Lunatic asylums in Bengal annual reports 1912-1924 - 1912-1924
Year: 1912
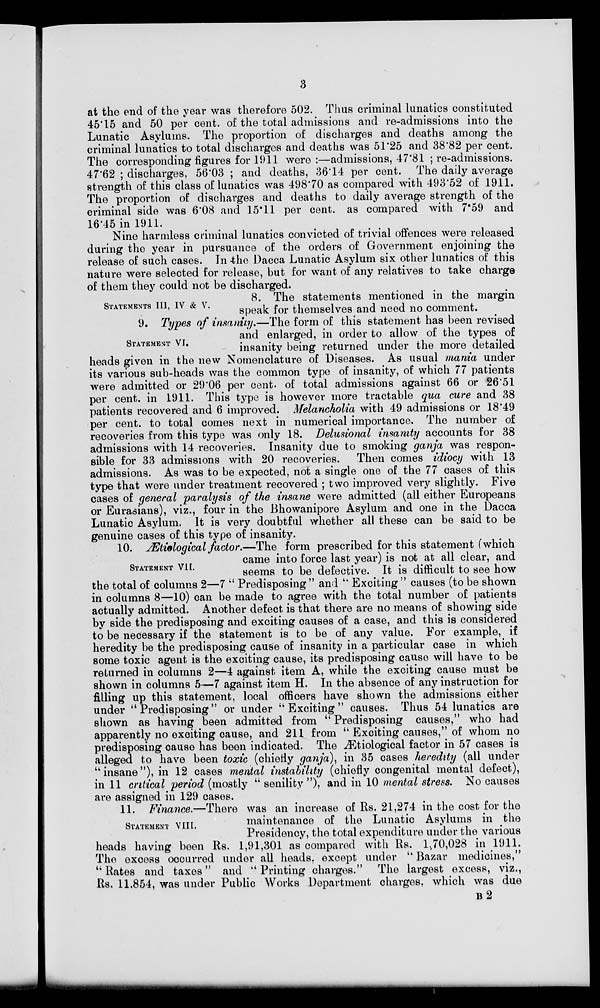
3
at the end of the year was therefore 502. Thus criminal lunatics constituted
45.15 and 50 per cent. of the total admissions and re-admissions into the
Lunatic Asylums. The proportion of discharges and deaths among the
criminal lunatics to total discharges and deaths was 51.25 and 38.82 per cent.
The corresponding figures for 1911 were :—admissions, 47.81 ; re-admissions.
47.62 ; discharges, 56.03 ; and deaths, 36.14 per cent. The daily average
strength of this class of lunatics was 498.70 as compared with 493.52 of 1911.
The proportion of discharges and deaths to daily average strength of the
criminal side was 6.08 and 15.11 per cent. as compared with 7.59 and
16.45 in 1911.
Nine harmless criminal lunatics convicted of trivial offences were released
during the year in pursuance of the orders of Government enjoining the
release of such cases. In the Dacca Lunatic Asylum six other lunatics of this
nature were selected for release, but for want of any relatives to take charge
of them they could not be discharged.
STATEMENTS III, IV & V.
8. The statements mentioned in the margin
speak for themselves and need no comment.
STATEMENT VI.
9. Types of insanity.—The form of this statement has been revised
and enlarged, in order to allow of the types of
insanity being returned under the more detailed
heads given in the new Nomenclature of Diseases. As usual mania under
its various sub-heads was the common type of insanity, of which 77 patients
were admitted or 29.06 per cent. of total admissions against 66 or 26.51
per cent. in 1911. This type is however more tractable qua cure and 38
patients recovered and 6 improved. Melancholia with 49 admissions or 18.49
per cent. to total comes next in numerical importance. The number of
recoveries from this type was only 18. Delusional insanity accounts for 38
admissions with 14 recoveries. Insanity due to smoking ganja was respon-
sible for 33 admissions with 20 recoveries. Then comes idiocy with 13
admissions. As was to be expected, not a single one of the 77 cases of this
type that were under treatment recovered ; two improved very slightly. Five
cases of general paralysis of the insane were admitted (all either Europeans
or Eurasians), viz., four in the Bhowanipore Asylum and one in the Dacca
Lunatic Asylum. It is very doubtful whether all these can be said to be
genuine cases of this type of insanity.
STATEMENT VII.
10. Ætiological factor.— The form prescribed for this statement (which
came into force last year) is not at all clear, and
seems to be defective. It is difficult to see how
the total of columns 2—7 " Predisposing " and '' Exciting " causes (to be shown
in columns 8—10) can be made to agree with the total number of patients
actually admitted. Another defect is that there are no means of showing side
by side the predisposing and exciting causes of a case, and this is considered
to be necessary if the statement is to be of any value. For example, if
heredity be the predisposing cause of insanity in a particular case in which
some toxic agent is the exciting cause, its predisposing cause will have to be
returned in columns 2—4 against item A, while the exciting cause must be
shown in columns 5—7 against item H. In the absence of any instruction for
filling up this statement, local officers have shown the admissions either
under " Predisposing " or under '' Exciting " causes. Thus 54 lunatics are
shown as having been admitted from " Predisposing causes,'' who had
apparently no exciting cause, and 211 from " Exciting causes," of whom no
predisposing cause has been indicated. The Ætiological factor in 57 cases is
alleged to have been toxic (chiefly ganja), in 35 cases heredity (all under
'' insane "), in 12 cases mental instability (chiefly congenital mental defect),
in 11 critical period (mostly " senility "). and in 10 mental stress. No causes
are assigned in 129 cases.
STATEMENT VIII.
11. Finance.—There was an increase of Rs. 21,274 in the cost for the
maintenance of the Lunatic Asylums in the
Presidency, the total expenditure under the various
heads having been Rs. 1,91,301 as compared with Rs. 1,70,028 in 1911.
The excess occurred under all heads. except under '' Bazar medicines,"
'' Rates and taxes " and " Printing charges." The largest excess, viz.,
Rs. 11,854, was under Public Works Department charges. which was due
B2